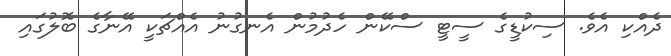
ދެއްކި އެވެ. ސިކުޑީގެ ސީޓީ ސްކޭން ހެދުމުން އެނގުނު އެއްޗަކީ އޭނާގެ ބޮލުގައި